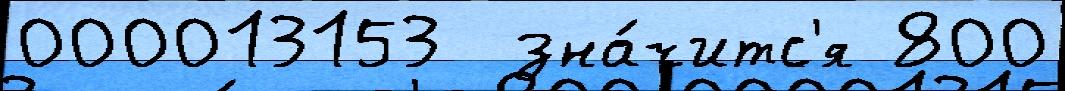
000013153  зна́читс'я 800